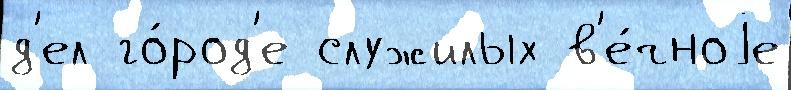
д'ел го́род'е служилых в'е́чноjе